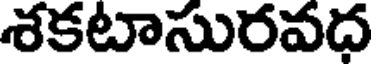
శకటాసురవధ